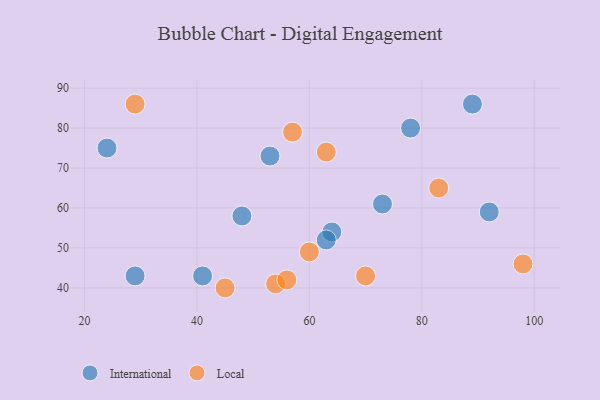
{"axis": {"x": "GDP", "y": "Life Expectancy"}, "legend": ["International", "Local"], "data": [{"x": "78", "y": 80, "type": "International"}, {"x": "73", "y": 61, "type": "International"}, {"x": "24", "y": 75, "type": "International"}, {"x": "29", "y": 43, "type": "International"}, {"x": "48", "y": 58, "type": "International"}, {"x": "64", "y": 54, "type": "International"}, {"x": "41", "y": 43, "type": "International"}, {"x": "92", "y": 59, "type": "International"}, {"x": "89", "y": 86, "type": "International"}, {"x": "53", "y": 73, "type": "International"}, {"x": "63", "y": 52, "type": "International"}, {"x": "45", "y": 40, "type": "Local"}, {"x": "57", "y": 79, "type": "Local"}, {"x": "54", "y": 41, "type": "Local"}, {"x": "98", "y": 46, "type": "Local"}, {"x": "83", "y": 65, "type": "Local"}, {"x": "70", "y": 43, "type": "Local"}, {"x": "63", "y": 74, "type": "Local"}, {"x": "29", "y": 86, "type": "Local"}, {"x": "56", "y": 42, "type": "Local"}, {"x": "60", "y": 49, "type": "Local"}]}